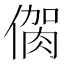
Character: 𠌳